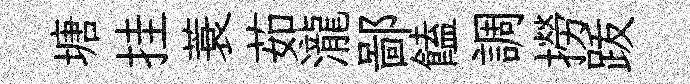
塘挂蓑茹瀧鄙饁調撈䟦